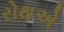
રોથએ